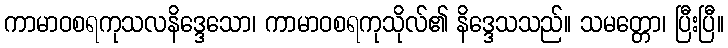
ကာမာဝစရကုသလနိဒ္ဒေသော၊ ကာမာဝစရကုသိုလ်၏ နိဒ္ဒေသသည်။ သမတ္တော၊ ပြီးပြီ။